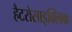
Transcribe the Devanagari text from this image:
हैटरोसाइक्लिक